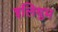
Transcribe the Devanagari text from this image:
इलियुम